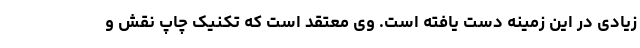
زیادی در این زمینه دست یافته است. وی معتقد است که تکنیک چاپ نقش و